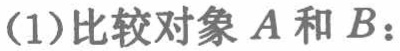
(1)比较对象\(A\)和\(B\)：